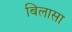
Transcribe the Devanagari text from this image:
बिलासा